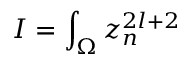
I = \int _ { \Omega } z _ { n } ^ { 2 l + 2 }